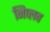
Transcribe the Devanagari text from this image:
निप्लव